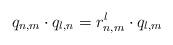
LaTeX: \begin{align*} q_{n,m} \cdot q_{l,n}= r^{l}_{n,m} \cdot q_{l,m}\end{align*}